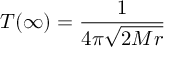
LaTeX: T ( \infty ) = { \frac { 1 } { 4 \pi { \sqrt { 2 M r } } } }